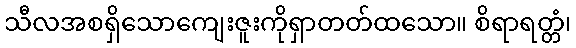
သီလအစရှိသောကျေးဇူးကိုရှာတတ်ထသော။ စိရာရတ္တံ၊